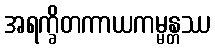
အရက္ခိတကာယကမ္မန္တဿ